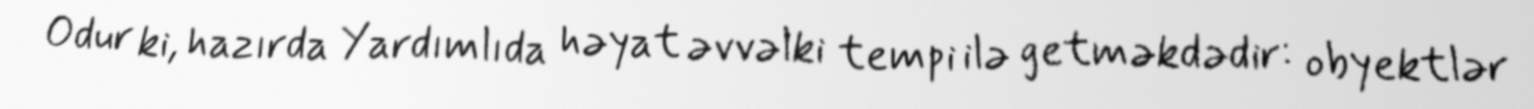
Odur ki, hazırda Yardımlıda həyat əvvəlki tempi ilə getməkdədir: obyektlər